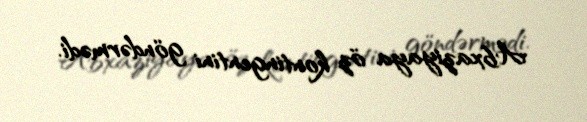
Abxaziyaya öz kontingentini göndərmədi.